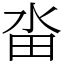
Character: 畓